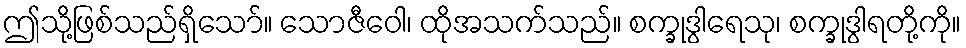
ဤသို့ဖြစ်သည်ရှိသော်။ သောဇီဝေါ၊ ထိုအသက်သည်။ စက္ခုဒွါရေသု၊ စက္ခုဒွါရတို့ကို။